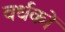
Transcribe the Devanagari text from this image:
वर्धकों